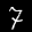
Label: 7